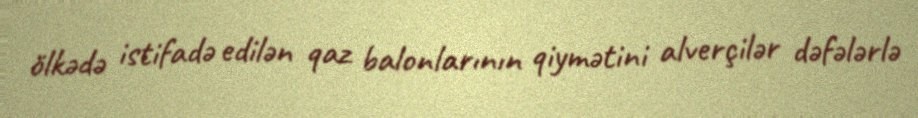
ölkədə istifadə edilən qaz balonlarının qiymətini alverçilər dəfələrlə